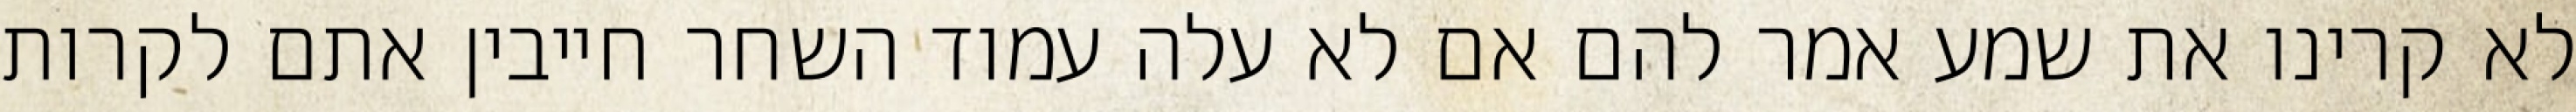
לא קרינו את שמע אמר להם אם לא עלה עמוד השחר חייבין אתם לקרות